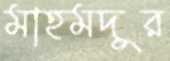
মাহমদুর